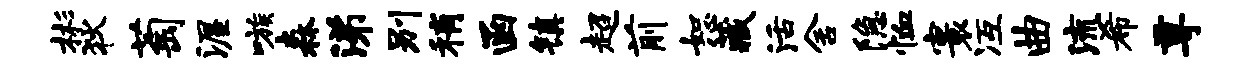
彬狄萄渥嗾森涕别稍函镇超前恕藏活舍隐恤寰冱曲流希尊